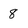
Character: 8